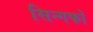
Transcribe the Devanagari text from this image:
सिन्गफो